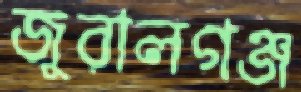
জুরালগঞ্জ